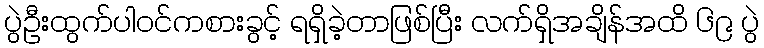
ပွဲဦးထွက်ပါဝင်ကစားခွင့် ရရှိခဲ့တာဖြစ်ပြီး လက်ရှိအချိန်အထိ ၆၉ ပွဲ